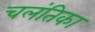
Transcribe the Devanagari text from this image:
चलंतिका